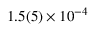
1 . 5 ( 5 ) \times 1 0 ^ { - 4 }